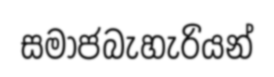
සමාජබැහැරියන්